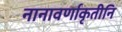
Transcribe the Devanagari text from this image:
नानावर्णाकृतीनि